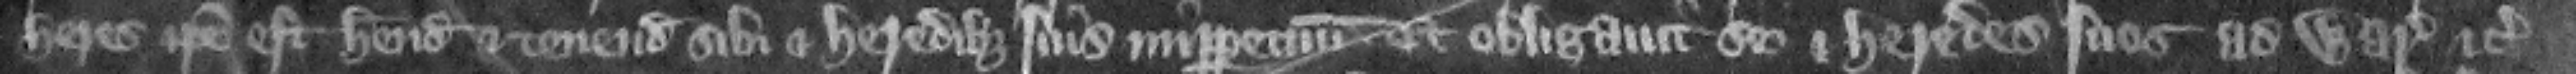
heres ipse est habendam et tenendam sibi et heredibus suis imperpetuum. Et obligauit se et heredes suos ad warantizandum etc.